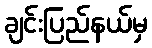
ချင်းပြည်နယ်မှ